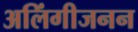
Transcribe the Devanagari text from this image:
अलिंगीजनन